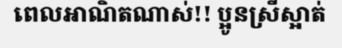
ពេលអាណិតណាស់!! ប្អូនស្រីស្អាត់